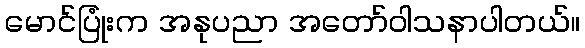
မောင်ပြုံးက အနုပညာ အတော်ဝါသနာပါတယ်။